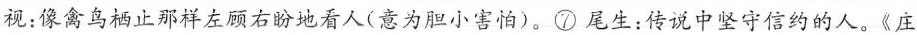
视：像禽鸟栖止那样左顾右盼泡看人(意为胆小害怕)，②尾生：传说中坚守信的的人。《庄